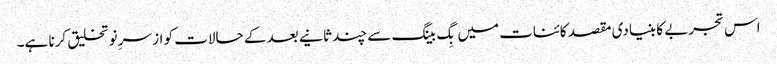
اس تجربے کا بنیادی مقصد کائنات میں بِگ بینگ سے چند ثانیے بعد کے حالات کو از سرِ نو تخلیق کرنا ہے۔